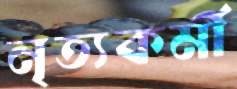
নৃত্যকর্মী